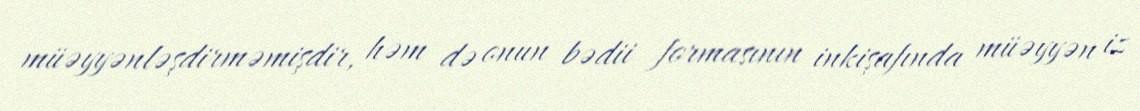
müəyyənləşdirməmişdir, həm də onun bədii formasının inkişafında müəyyən iz